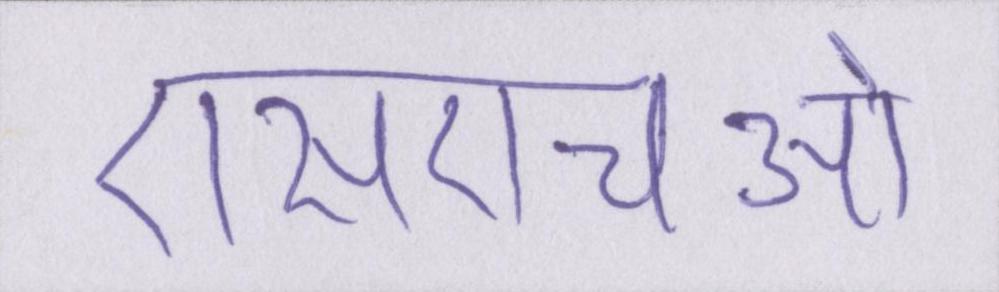
एसएचओ